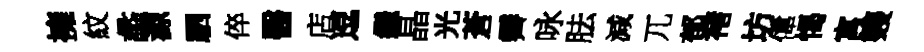
擁紋蠡源駟倅醫店逗繼晶光蒼霽咏胠減兀郁褚坊偉愒寓䨇